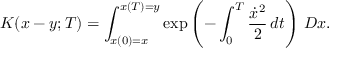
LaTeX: K ( x - y ; T ) = \int _ { x ( 0 ) = x } ^ { x ( T ) = y } \exp \left( - \int _ { 0 } ^ { T } { \frac { { \dot { x } } ^ { 2 } } { 2 } } \, d t \right) \, D x .